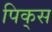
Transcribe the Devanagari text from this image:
पिक्‌स